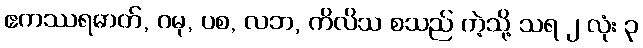
ဧကဿရဓာတ်, ဂမု, ပစ, လဘ, ကိလိသ စသည် ကဲ့သို့ သရ ၂ လုံး ၃